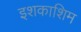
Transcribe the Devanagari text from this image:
इशकाशिम